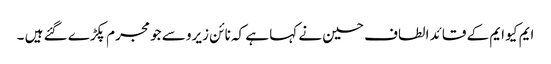
ایم کیو ایم کے قائد الطاف حسین نے کہا ہے کہ نائن زیرو سے جو مجرم پکڑے گئے ہیں ۔